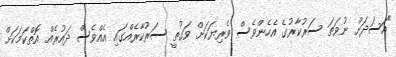
"އަސަދަށް ނުވަތަ ސަރުކާރުގެ އެހެންވެސް ވެރިޔަކަށް ވަގުތީ ސަރުކާރެއްގައި އެއްވެސް ދައުރެއް އޮތްކަމަކަށް